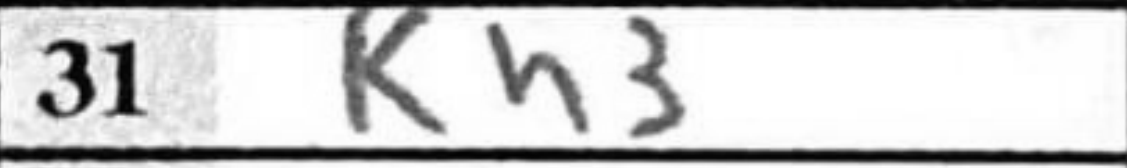
Transcription: Kh3